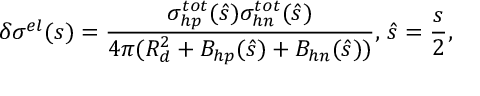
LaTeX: \delta \sigma ^ { e l } ( s ) = \frac { \sigma _ { h p } ^ { t o t } ( \hat { s } ) \sigma _ { h n } ^ { t o t } ( \hat { s } ) } { 4 \pi ( R _ { d } ^ { 2 } + B _ { h p } ( \hat { s } ) + B _ { h n } ( \hat { s } ) ) } , \, \hat { s } = \frac { s } { 2 } ,